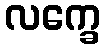
လက္ခေ